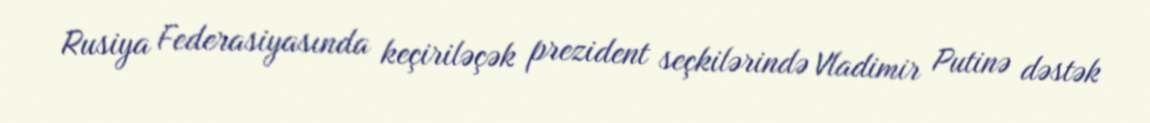
Rusiya Federasiyasında keçiriləçək prezident seçkilərində Vladimir Putinə dəstək